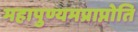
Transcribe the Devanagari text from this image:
महापुण्यमप्राप्नोति